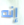
إنه